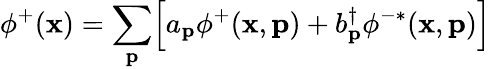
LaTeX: \phi^{+}(\mathbf{x})=\sum_{\mathbf{p}}\Bigl[a_{\mathbf{p}}\phi^{+}(\mathbf{x},{\mathbf{p}})+b_{\mathbf{p}}^{\dagger}\phi^{-*}(\mathbf{x},{\mathbf{p}})\Bigr]